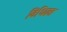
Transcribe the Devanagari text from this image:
विधिव्रत